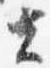
去